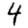
Digit: 4